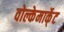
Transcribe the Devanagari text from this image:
वोल्केमार्के्ट